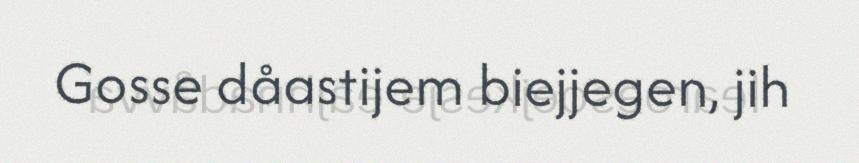
Gosse dåastijem biejjegen, jih